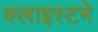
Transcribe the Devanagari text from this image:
क्लाइस्टने